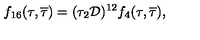
f _ { 1 6 } ( \tau , { \overline { \tau } } ) = ( \tau _ { 2 } { \cal D } ) ^ { 1 2 } f _ { 4 } ( \tau , { \overline { \tau } } ) ,